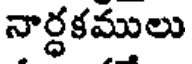
నార్ధకములు